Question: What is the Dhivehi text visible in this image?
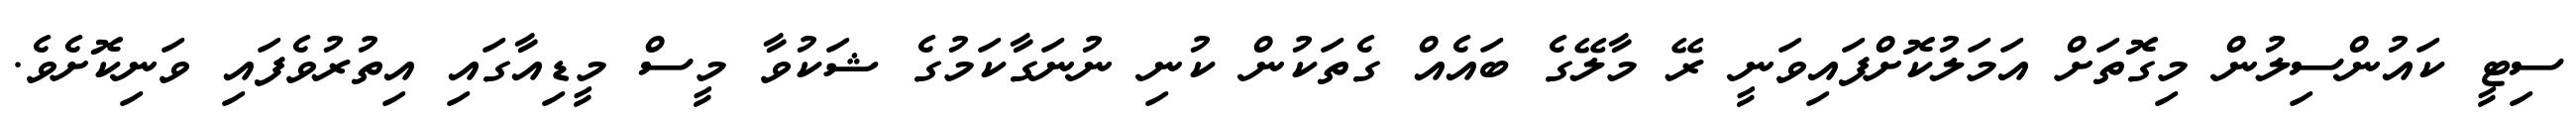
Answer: ސިޓީ ކައުންސިލުން މިގޮތަށް އަމަލުކޮށްފައިވަނީ ރޭ މާލޭގެ ބައެއް ގެތަކުން ކުނި ނުނަގާކަމުގެ ޝަކުވާ މީސް މީޑިއާގައި އިތުރުވެފައި ވަނިކޮށެވެ.